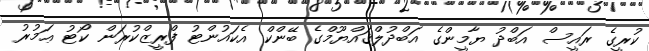
ކުރީގެ ރައީސް އަބްދު ޔާމީންގެ އަބްދުލްޤައްޔޫމްގެ ބޭންކް އެކައުންޓު ފްރީޒްކުރަން ކޯޓު ޢަމުރު